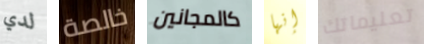
لدي خالصة كالمجانين إنها تعليماتك